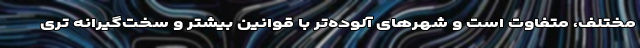
مختلف، متفاوت است و شهرهای آلوده‌تر با قوانین بیشتر و سخت‌گیرانه تری